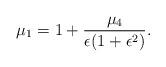
LaTeX: \begin{align*} \mu_1 = 1+ \frac{\mu_4}{\epsilon(1+\epsilon^2)}. \end{align*}